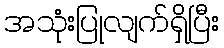
အသုံးပြုလျက်ရှိပြီး